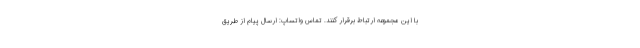
با این مجموعه ارتباط برقرار کنند. تماس واتساپ: ارسال پیام از طریق